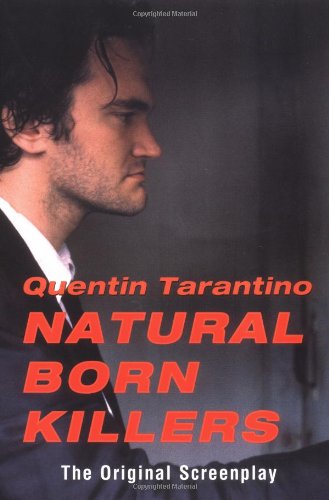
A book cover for Natural Born Killers: The Original Screenplay; Quentin Tarantino; Humor & Entertainment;